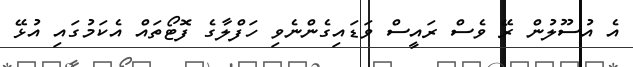
އެ އުސޫލުން ރޭ ވެސް ރައީސް ވަޑައިގެންނެވި ހަފްލާގެ ފޮޓޯތައް އެކަމުގައި އުޅޭ